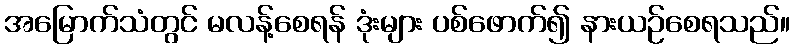
အမြောက်သံတွင် မလန့်စေရန် ဒုံးများ ပစ်ဖောက်၍ နားယဉ်စေရသည်။